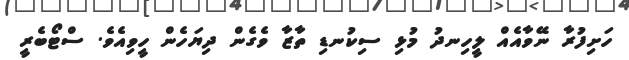
ހަށިފުރާ ނޭވާއެއް ލީހިނދު މުޅި ސިކުނޑި ތާޒާ ވެގެން ދިޔަހެން ހީވިއެވެ. ސްޓޯބެރީ